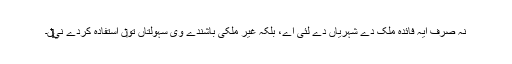
نہ صرف ایہ فائدہ ملک دے شہریاں دے لئی اے، بلکہ غیر ملکی باشندے وی سہولتاں تو‏ں استفادہ کردے ني‏‏‏‏ں۔